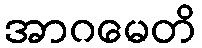
အာဂမေတိ